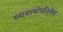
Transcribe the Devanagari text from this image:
स्वायत्त्योपनिवेश